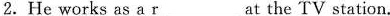
2.He works as a rat the TV station。